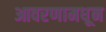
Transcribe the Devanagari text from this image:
आवरणामधून